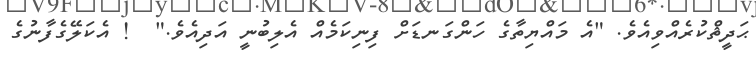
ޙަދީޘްކުރެއްވިއެވެ. "އެ މައްޔިތާގެ ހަންގަނޑަށް ފިނިކަމެއް އެލިބުނީ އަދިއެވެ."  ! އެކަލޭގެފާނުގެ